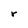
Character: r